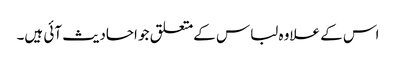
اس کے علاوہ لباس کےمتعلق جو احادیث آئی ہیں۔